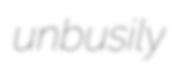
unbusily